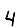
Digit: 4